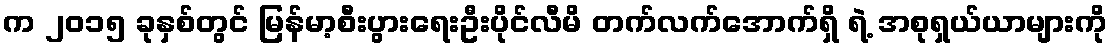
က ၂၀၁၅ ခုနှစ်တွင် မြန်မာ့စီးပွားရေးဦးပိုင်လီမိ တက်လက်အောက်ရှိ ရဲ့ အစုရှယ်ယာများကို